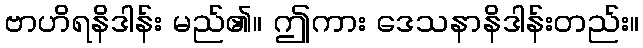
ဗာဟိရနိဒါန်း မည်၏။ ဤကား ဒေသနာနိဒါန်းတည်း။